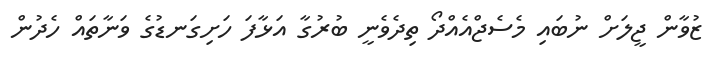
ޒުވާން ޖީލަށް ނުބައި މެސެޖްއެއްދޯ ތިދެވެނީ ބުރުގާ އަޅާފަ ހަށިގަނޑުގެ ވަނާތައް ހެދުން